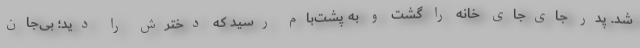
شد. پدر جای‌جای خانه را گشت و به پشت‌بام رسید که دخترش را دید؛ بی‌جان